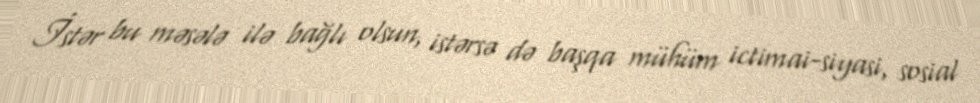
İstər bu məsələ ilə bağlı olsun, istərsə də başqa mühüm ictimai-siyasi, sosial